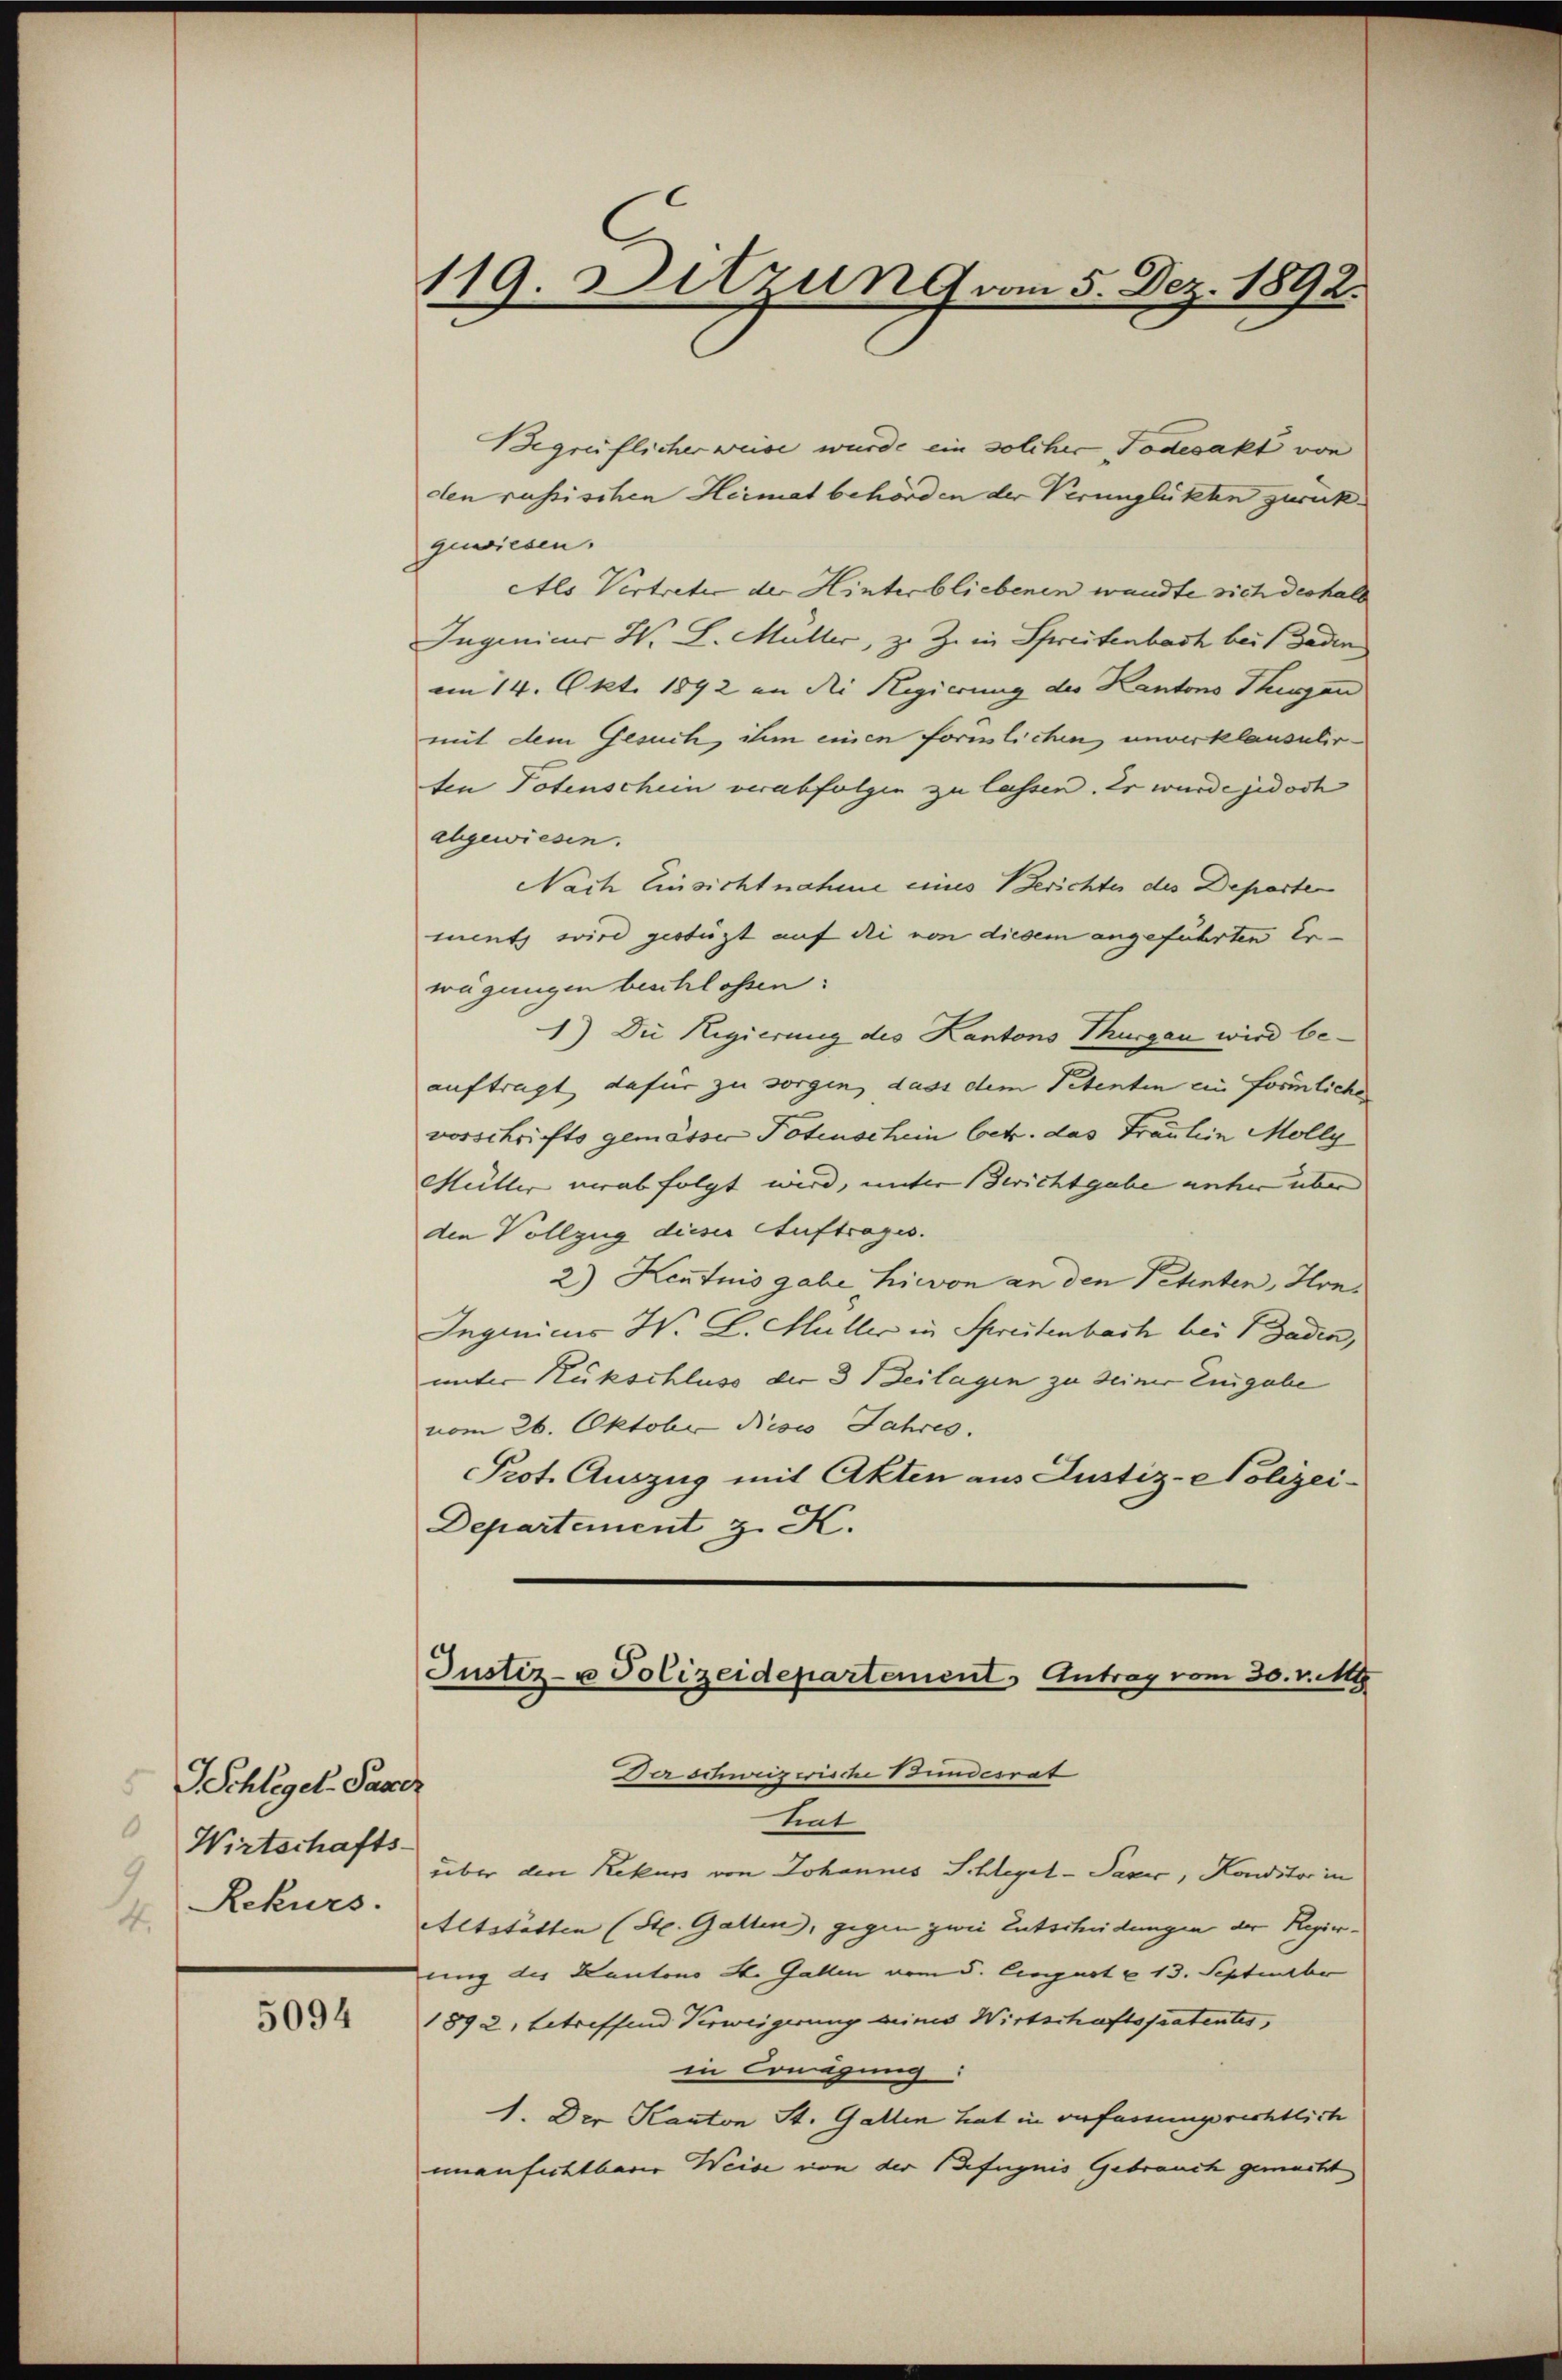
Schlegel-Paser
0
Wirtschafts-
1
4

5094

119. Ditzung vom 5. Dez. 1892.

Begrüflicher weise wurde ein solcher Todesakt von
den russischen Heimat behörden der Verunglükten zurückgewiesen.
Als Vertreter der Hinterbliebenen wandte sich deshalb
Ingenieur W. L. Müller, z. Z. in Spreisenbach bei Baden
am 14. Okt. 1892 an die Regierung der Kantons Thurgan
mit dem Gesuch, ihm einen foruslichen unverklausulir
ten Totenschein verabfolgen zu lassen. Er wurde jedoch
abgewiesen.
Nach Einsichtnahme eines Berichtes des Departen
ment wird gestüzt auf die von diesem angeführten Er-
wägungen beschlossen:
1) Die Regierung des Kantons Thurgau wird beauftragt dafür zu sorgen, dass dem Petenten ein förmliches
vorschrifts gemässer Potenschein betr. das Fräulein Molly
Müller verabfolgt wird, unter Berichtgabe unter über
den Vollzug dieser Auftrages.
2) Kentnis gabe hievon an den Petenten, Hrn
Ingenicus H. C. Hüller in Spreitenbach bei Gaden,
unter Rückschluss der 3 Beilagen zu deiner Eingabe
vom 26. Oktobr. dieses Jahres.
Prot. Auszug mit Akten aus Justiz-Polizei¬
Departement z. K.

Justiz- u Polizeidepartement Antrag vom 30. v. M

Da Sistische Bundesrat
tint
über den Rekurs von Johannes Schlegel-Paser, Konditor in
Rekurs. Altstätten (St. Gallen, gegen zwei Unterhindungen der Regier-
ung des Kantons St. Gallen vom 5. August v. 13. September
1892, betreffend Verweigerung deines Wirtschaftspatentes,
in Consung:
1. Der Kanton St. Gallen hat in verfassungsrichtlich
unanfechtbarer Weise von der Befugnis Gebrauch gemacht